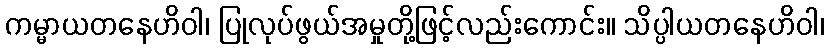
ကမ္မာယတနေဟိဝါ၊ ပြုလုပ်ဖွယ်အမှုတို့ဖြင့်လည်းကောင်း။ သိပ္ပါယတနေဟိဝါ၊